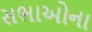
સભાઓના